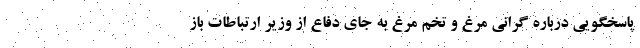
پاسخگویی درباره گرانی مرغ و تخم مرغ به جای دفاع از وزیر ارتباطات باز